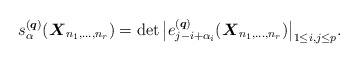
\begin{gather*} s_{\alpha}^{({\boldsymbol{q}})}({\boldsymbol{X}}_{n_1,\ldots,n_r})=\det \big|e_{j-i+ \alpha_i}^{({\boldsymbol{q}})} ({\boldsymbol{X}}_{n_1,\ldots,n_r}) \big|_{1 \le i,j \le p}. \end{gather*}